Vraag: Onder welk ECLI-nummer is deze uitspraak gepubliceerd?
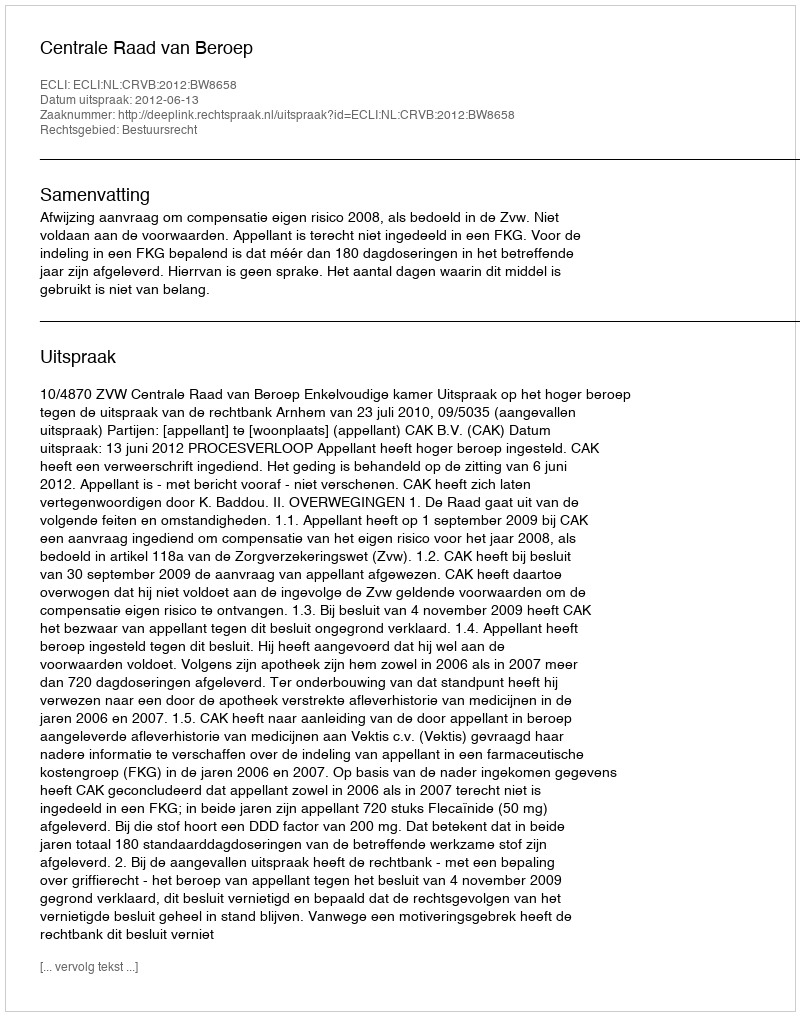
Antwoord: ECLI:NL:CRVB:2012:BW8658